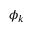
\phi _ { k }